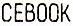
FACEBOOK